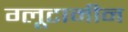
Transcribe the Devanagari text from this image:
ग्लूटामीन